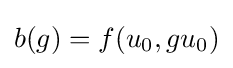
b(g)=f(u_{0},gu_{0})